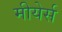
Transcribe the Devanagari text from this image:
मीयेर्स